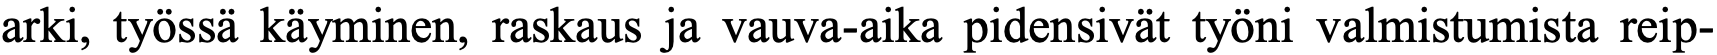
arki, työssä käyminen, raskaus ja vauva-aika pidensivät työni valmistumista reip-